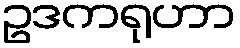
ဥဒကရုဟာ